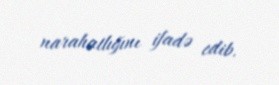
narahatlığını ifadə edib.